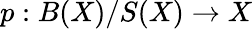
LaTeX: p:B(X)/S(X)\to X